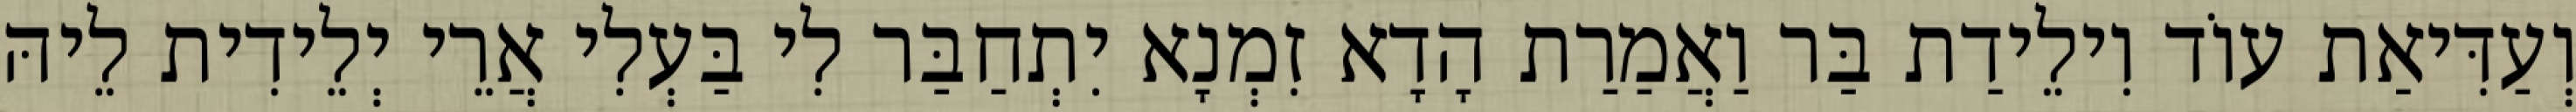
וְעַדִּיאַת עוֹד וִילֵידַת בַּר וַאֲמַרַת הָדָא זִמְנָא יִתְחַבַּר לִי בַּעְלִי אֲרֵי יְלֵידִית לֵיהּ